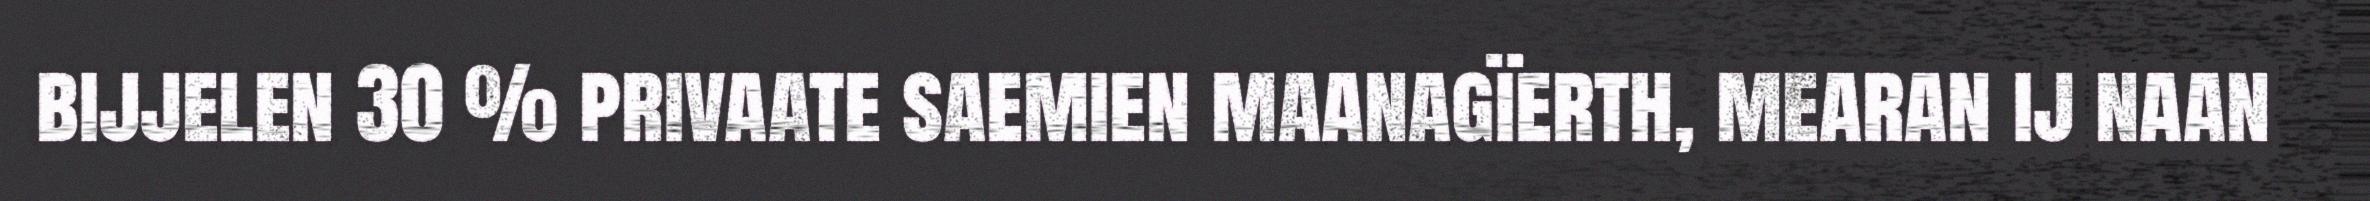
bijjelen 30 % privaate saemien maanagïerth, mearan ij naan